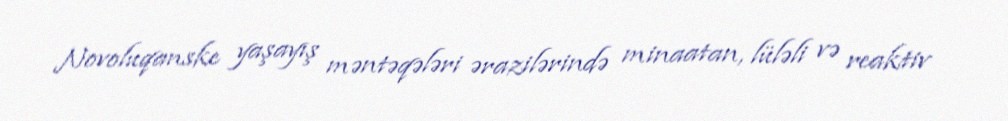
Novoluqanske yaşayış məntəqələri ərazilərində minaatan, lüləli və reaktiv